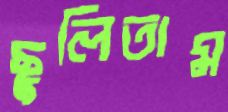
ছুলিতাম